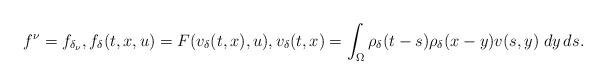
LaTeX: \begin{align*} f^\nu=f_{\delta_\nu},f_\delta(t,x,u)=F(v_\delta(t,x),u),v_\delta(t,x) = \int_{\Omega} \rho_\delta(t-s)\rho_\delta(x-y)v(s,y)\; dy\,ds. \end{align*}